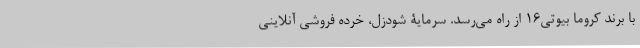
با برند کروما بیوتی۱۶ از راه می‌رسد. سرمایۀ شودزل، خرده فروشی آنلاینی